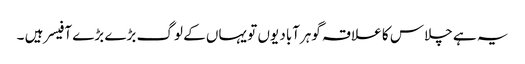
یہ ہے چلاس کا علاقہ گوہرآباد یوں تو یہاں کے لوگ بڑے بڑے آفیسر ہیں ۔